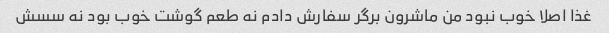
غذا اصلا خوب نبود من ماشرون برگر سفارش دادم نه طعم گوشت خوب بود نه سسش